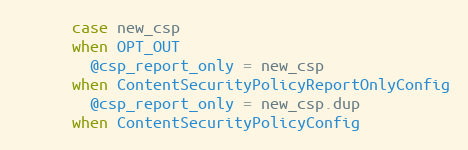
Language: Ruby
      case new_csp
      when OPT_OUT
        @csp_report_only = new_csp
      when ContentSecurityPolicyReportOnlyConfig
        @csp_report_only = new_csp.dup
      when ContentSecurityPolicyConfig